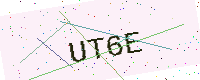
Text: UT6E